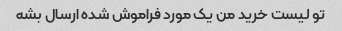
تو لیست خرید من یک مورد فراموش شده ارسال بشه